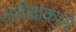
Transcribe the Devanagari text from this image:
अधीक्षकाने